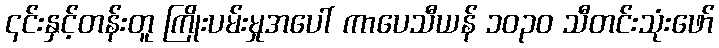
၎င်းနှင့်တန်းတူ ကြိုးပမ်းမှုအပေါ် ကာပေသီယန် ၁၀၃၀ သီတင်းသုံးဖော်